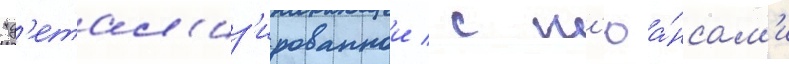
"д'етал'из'ированнои / с н'юа́нсам'и